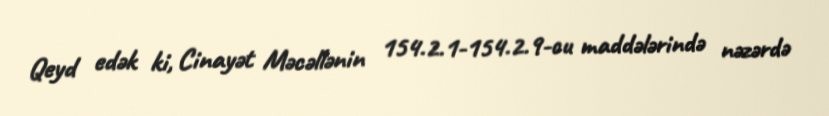
Qeyd edək ki, Cinayət Məcəllənin 154.2.1-154.2.9-cu maddələrində nəzərdə